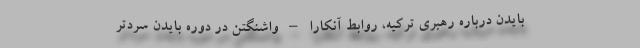
بایدن درباره رهبری ترکیه، روابط آنکارا – واشنگتن در دوره بایدن سردتر